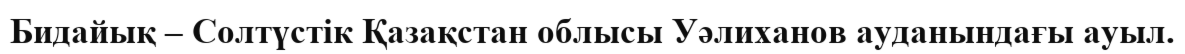
Бидайық – Солтүстік Қазақстан облысы Уәлиханов ауданындағы ауыл.